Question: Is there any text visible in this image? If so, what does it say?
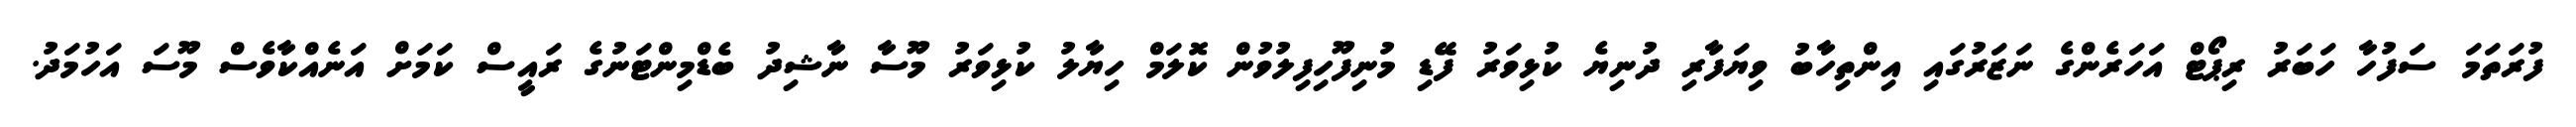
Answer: ފުރަތަމަ ސަފުހާ ހަބަރު ރިޕޯޓް އަހަރެންގެ ނަޒަރުގައި އިންތިހާބު ވިޔަފާރި ދުނިޔެ ކުޅިވަރު ފޭޑި މުނިފޫހިފިލުވުން ކޮލަމް ހިޔާލު ކުޅިވަރު މޫސާ ނާޝިދު ބެޑްމިންޓަނުގެ ރައީސް ކަމަށް އަނެއްކާވެސް މޫސަ އަހުމަދު.